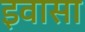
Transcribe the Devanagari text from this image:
इवासा